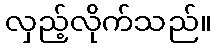
လှည့်လိုက်သည်။